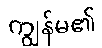
ကျွန်မ၏